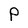
Character: P